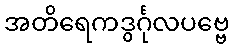
အတိရေကဒွင်္ဂုလပဗ္ဗေ